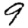
Digit: 9